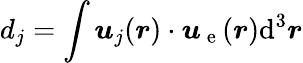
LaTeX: d_{j}=\int\boldsymbol{u}_{j}(\boldsymbol{r})\cdot\boldsymbol{u}_{\mathrm{~e~}}(\boldsymbol{r})\mathrm{d}^{3}\boldsymbol{r}